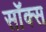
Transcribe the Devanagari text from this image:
सॉक्‍स